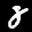
Label: 8